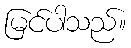
မြင်ပါသည်။